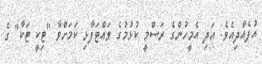
އުފެއްދިއެވެ. އަދި އެމީހުންގެ ރަސްމީ ކުޅުމުގެ ވައްޓަފާޅި ކަމަށްވާ "ޓިކީ ޓަކާ" ގެ